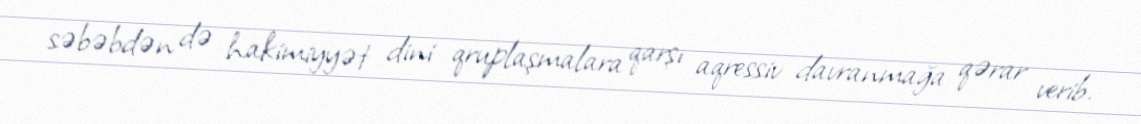
səbəbdən də hakimiyyət dini qruplaşmalara qarşı aqressiv davranmağa qərar verib.